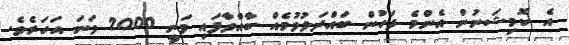
އެ ކޮމިޝަނުން އެންމެ ފަހުން ބައްދަލުވުމެއް ބާއްވާފައި ވަނީ 2000 ވަނަ އަހަރެވެ.